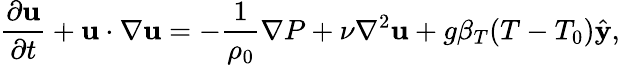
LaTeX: \frac{\partial\mathbf{u}}{\partial t}+\mathbf{u}\cdot\nabla\mathbf{u}=-\frac{1}{\rho_{0}}\nabla P+\nu\nabla^{2}\mathbf{u}+g\beta_{T}(T-T_{0})\hat{\mathbf{y}},